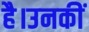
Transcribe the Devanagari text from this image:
है।उनकीं